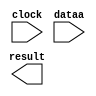
// megafunction wizard: %ALTFP_CONVERT%VBB%
// GENERATION: STANDARD
// VERSION: WM1.0
// MODULE: ALTFP_CONVERT 

// ============================================================
// Megafunction Name(s):
// 			ALTFP_CONVERT
//
// Simulation Library Files(s):
// 			lpm
// ============================================================
// ************************************************************
// THIS IS A WIZARD-GENERATED FILE. DO NOT EDIT THIS FILE!
//
// 12.1 Build 243 01/31/2013 SP 1 SJ Full Version
// ************************************************************

//Copyright (C) 1991-2012 Altera Corporation
//Your use of Altera Corporation's design tools, logic functions 
//and other software and tools, and its AMPP partner logic 
//functions, and any output files from any of the foregoing 
//(including device programming or simulation files), and any 
//associated documentation or information are expressly subject 
//to the terms and conditions of the Altera Program License 
//Subscription Agreement, Altera MegaCore Function License 
//Agreement, or other applicable license agreement, including, 
//without limitation, that your use is for the sole purpose of 
//programming logic devices manufactured by Altera and sold by 
//Altera or its authorized distributors.  Please refer to the 
//applicable agreement for further details.

module fp_ftoi (
	clock,
	dataa,
	result)/* synthesis synthesis_clearbox = 1 */;

	input	  clock;
	input	[31:0]  dataa;
	output	[31:0]  result;

endmodule

// ============================================================
// CNX file retrieval info
// ============================================================
// Retrieval info: LIBRARY: altera_mf altera_mf.altera_mf_components.all
// Retrieval info: PRIVATE: INTENDED_DEVICE_FAMILY STRING "Stratix III"
// Retrieval info: CONSTANT: INTENDED_DEVICE_FAMILY STRING "Stratix III"
// Retrieval info: CONSTANT: LPM_HINT STRING "UNUSED"
// Retrieval info: CONSTANT: LPM_TYPE STRING "altfp_convert"
// Retrieval info: CONSTANT: OPERATION STRING "FLOAT2INT"
// Retrieval info: CONSTANT: ROUNDING STRING "TO_NEAREST"
// Retrieval info: CONSTANT: WIDTH_DATA NUMERIC "32"
// Retrieval info: CONSTANT: WIDTH_EXP_INPUT NUMERIC "8"
// Retrieval info: CONSTANT: WIDTH_EXP_OUTPUT NUMERIC "8"
// Retrieval info: CONSTANT: WIDTH_INT NUMERIC "32"
// Retrieval info: CONSTANT: WIDTH_MAN_INPUT NUMERIC "23"
// Retrieval info: CONSTANT: WIDTH_MAN_OUTPUT NUMERIC "23"
// Retrieval info: CONSTANT: WIDTH_RESULT NUMERIC "32"
// Retrieval info: USED_PORT: clock 0 0 0 0 INPUT NODEFVAL "clock"
// Retrieval info: CONNECT: @clock 0 0 0 0 clock 0 0 0 0
// Retrieval info: USED_PORT: dataa 0 0 32 0 INPUT NODEFVAL "dataa[31..0]"
// Retrieval info: CONNECT: @dataa 0 0 32 0 dataa 0 0 32 0
// Retrieval info: USED_PORT: result 0 0 32 0 OUTPUT NODEFVAL "result[31..0]"
// Retrieval info: CONNECT: result 0 0 32 0 @result 0 0 32 0
// Retrieval info: GEN_FILE: TYPE_NORMAL fp_ftoi.v TRUE FALSE
// Retrieval info: GEN_FILE: TYPE_NORMAL fp_ftoi.qip TRUE FALSE
// Retrieval info: GEN_FILE: TYPE_NORMAL fp_ftoi.bsf FALSE TRUE
// Retrieval info: GEN_FILE: TYPE_NORMAL fp_ftoi_inst.v FALSE TRUE
// Retrieval info: GEN_FILE: TYPE_NORMAL fp_ftoi_bb.v TRUE TRUE
// Retrieval info: GEN_FILE: TYPE_NORMAL fp_ftoi.inc FALSE TRUE
// Retrieval info: GEN_FILE: TYPE_NORMAL fp_ftoi.cmp FALSE TRUE
// Retrieval info: LIB_FILE: lpm